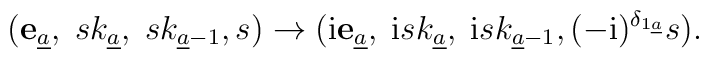
({\bf e}_{\underline a},\; sk_{\underline a},\;sk_{{\underline a}-1}, s)\to({\rm i}{\bf e}_{\underline a},\; {\rm i}sk_{\underline a},\;{\rm i}sk_{{\underline a}-1},(-{\rm i})^{\delta_{1{\underline a}}}s).